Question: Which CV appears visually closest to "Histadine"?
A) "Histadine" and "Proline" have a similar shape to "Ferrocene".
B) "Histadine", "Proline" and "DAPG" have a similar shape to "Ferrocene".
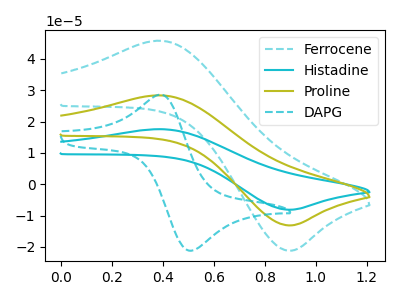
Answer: <think>The cyan dashed curve "Ferrocene" has an anodic peak at (0.40V, 45.85uA) and a cathodic peak at (0.90V, -21.20uA). The cyan curve "Histadine" has an anodic peak at (0.40V, 56.75uA) and a cathodic peak at (0.90V, -26.30uA). The olive curve "Proline" has an anodic peak at (0.40V, 28.40uA) and a cathodic peak at (0.90V, -13.15uA). The cyan dashed curve "DAPG" has an anodic peak at (0.40V, 28.50uA) and a cathodic peak at (0.50V, -21.25uA).
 All the peaks in "Ferrocene" have a peak in "Histadine" at the same potential. Every peak in "Ferrocene" is lower than every peak in "Histadine". All the peaks in "Ferrocene" have a peak in "Proline" at the same potential. Every peak in "Ferrocene" is higher than every peak in "Proline". "Ferrocene" and "DAPG" have at least one peak that do not match. All the peaks in "Histadine" have a peak in "Proline" at the same potential. Every peak in "Histadine" is higher than every peak in "Proline". "Histadine" and "DAPG" have at least one peak that do not match. "Proline" and "DAPG" have at least one peak that do not match.</think>
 <answer>A) "Histadine" and "Proline" have a similar shape to "Ferrocene".</answer>
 <eval>A</eval>